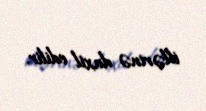
illərinə daxil edilir.